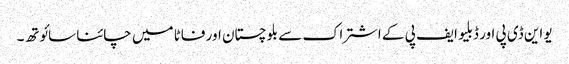
یو این ڈی پی اور ڈبلیو ایف پی کے اشتراک سے بلوچستان اور فاٹا میں چائنا سائوتھ۔